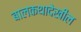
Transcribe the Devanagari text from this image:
बालकथादेखील